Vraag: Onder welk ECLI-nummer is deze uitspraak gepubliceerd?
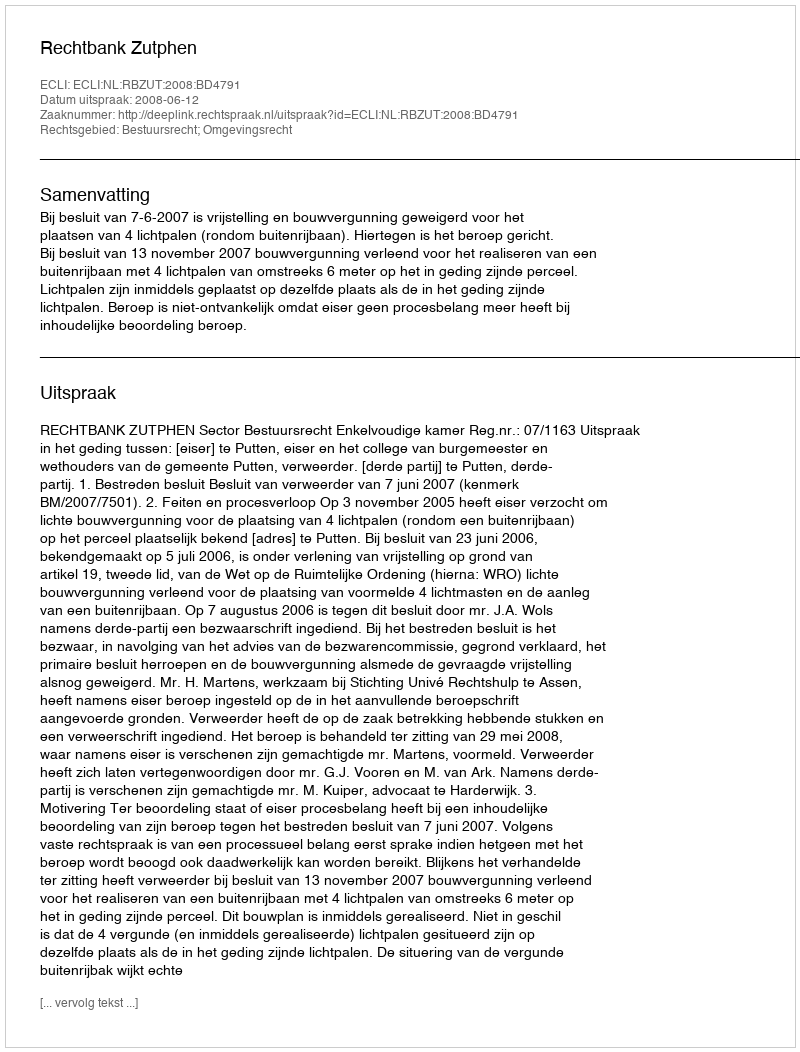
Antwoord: ECLI:NL:RBZUT:2008:BD4791